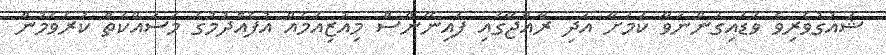
ޝައުގުވެރިވެ ވަޑައިގަންނަވާ ކަމަށާ އަދި ރާއްޖޭގައި ފައިނޭންސް މިއުޒިއަމެއް އުފެއްދުމުގެ މަސައްކަތް ކުރެވެމުން